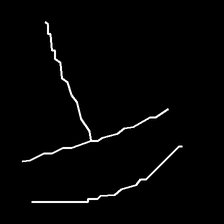
Glyph: dispersion